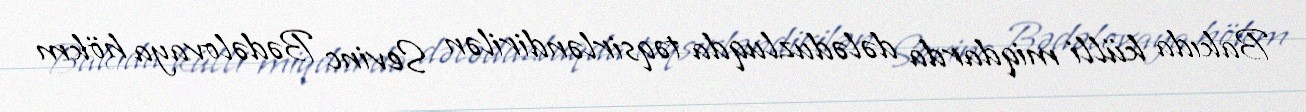
Bakıda külli miqdarda dələduzluqda təqsirləndirilən Sevinc Bədəlovaya hökm